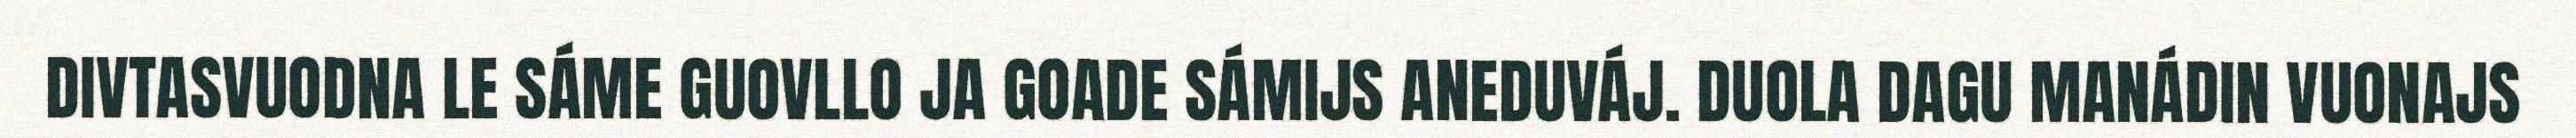
DIVTASVUODNA LE SÁME GUOVLLO JA GOADE SÁMIJS ANEDUVÁJ. DUOLA DAGU MANÁDIN VUONAJS